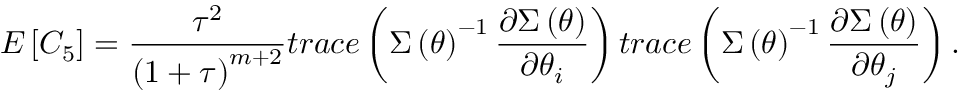
E \left[ C _ { 5 } \right] = \frac { \tau ^ { 2 } } { \left( 1 + \tau \right) ^ { m + 2 } } t r a c e \left( \boldsymbol { \Sigma } \left( \boldsymbol { \theta } \right) ^ { - 1 } \frac { \partial \boldsymbol { \Sigma } \left( \boldsymbol { \theta } \right) } { \partial \theta _ { i } } \right) t r a c e \left( \boldsymbol { \Sigma } \left( \boldsymbol { \theta } \right) ^ { - 1 } \frac { \partial \boldsymbol { \Sigma } \left( \boldsymbol { \theta } \right) } { \partial \theta _ { j } } \right) .